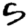
Digit: 5